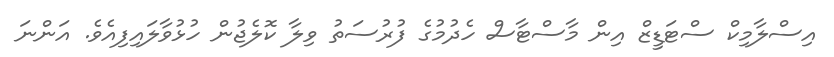
އިސްލާމިކް ސްޓަޑީޒް އިން މާސްޓާސް ހެދުމުގެ ފުރުސަތު ވިލާ ކޮލެޖުން ހުޅުވާލައިފިއެވެ. އަންނަ